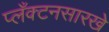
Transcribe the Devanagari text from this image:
प्लँक्टनसारखे